Medical and sanitary report of the native army of Madras for the year
Year: 1878
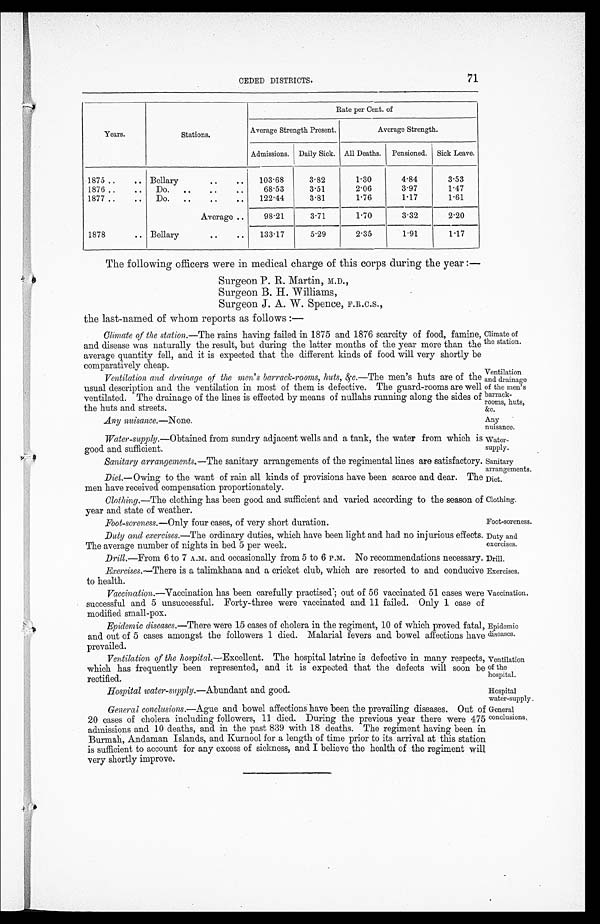
Sanitary
arrangements.
Diet.
Clothing.
Foot-soreness. —Only four cases, of very short duration.
Foot-soreness.
Duty and
exercises.
Drill.
Exercises.
Vaccination.
Hospital water-supply. —Abundant and good.
Hospital
water-supply.
CEDED DISTRICTS.
71
Years.
Stations.
Rate per Cent. of
Average Strength Present.
Average Strength.
Admissions. Daily Sick. All Deaths. Pensioned. Sick Leave.
1875 ..
.. Bellary
. .
. .
103.68
3.82
1.30
4.84
3.53
1876 ..
.. Do. ..
..
..
68.53
3.51
2.06
3.97
1.47
1877 ..
.. Do. ..
..
..
122.44
3.81
1.76
1.17
1.61
Average ..
9 8.21
3.71
1.70
3.32
2.20
1878
.. Bellary
. .
.. 133.17
5.29
2.35
1.91
1.17
The following officers were in medical charge of this corps during the year :
—
Surgeon P. R. Martin, M.D.,
Surgeon B. H. Williams,
Surgeon J. A. W. Spence, F.R.C.S.,
the last-named of whom reports as follows :—
Climate of the station.—The rains having failed in 1875 and 1876 scarcity of food, famine,
and disease was naturally the result, but during the latter months of the year more than the
average quantity fell, and it is expected that the different kinds of food will very shortly be
comparatively cheap.
Ventilation and drainage of the men's barrack-rooms, huts, &c. —The men's huts are of the
usual description and the ventilation in most of them is defective. The guard-rooms are well
ventilated. The drainage of the lines is effected by means of nullahs running along the sides of
the huts and streets.
Climate of
the station.
Ventilation
and drainage
of the men's
barrack-
rooms, huts,
&c.
Any nuisance. —None.
Any
nuisance.
Water-supply. —Obtained from sundry adjacent wells and a tank, the water from which is
good and sufficient.
Water-
supply.
Sanitary arrangements.—The sanitary arrangements of the regimental lines are satisfactory.
Diet.—Owing to the want of rain all kinds of provisions have been scarce and dear. The
men have received compensation proportionately.
Clothing. —The clothing has been good and sufficient and varied according to the season of
year and state of weather.
Duty and exercises. —The ordinary duties, which have been light and had no injurious effects.
The average number of nights in bed 5 per week.
Drill.—From 6 to 7 A.M. and occasionally from 5 to 6 P.M. No recommendations necessary.
Exercises. —There is a talimkhana and a cricket club, which are resorted to and conducive
to health.
Vaccination.—Vaccination has been carefully practised; out of 56 vaccinated 51 cases were
successful and 5 unsuccessful. Forty-three were vaccinated and 11 failed. Only 1 case of
modified small-pox.
Epidemic diseases. —There were 15 cases of cholera in the regiment, 10 of which proved fatal,
and out of 5 cases amongst the followers 1 died. Malarial fevers and bowel affections have
prevailed.
Ventilation of the hospital. —Excellent. The hospital latrine is defective in many respects,
which has frequently been represented, and it is expected that the defects will soon be
rectified.
Epi demi c di seases.
Ventilation
of the
hospital.
General conclusions. —Ague and bowel affections have been the prevailing diseases. Out of
20 cases of cholera including followers, 11 died. During the previous year there were 475
admissions and 10 deaths, and in the past 839 with 18 deaths. The regiment having been in
Burmah, Andaman Islands, and Kurnool for a length of time prior to its arrival at this station
is sufficient to account for any excess of sickness, and I believe the health of the regiment will
very shortly improve.
General
conclusions.